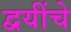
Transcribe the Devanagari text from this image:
द्वयींचे